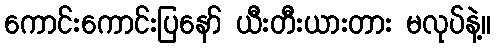
ကောင်းကောင်းပြနော် ယီးတီးယားတား မလုပ်နဲ့။